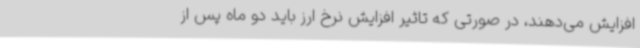
افزایش می‌دهند، در صورتی که تاثیر افزایش نرخ ارز باید دو ماه پس از